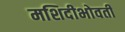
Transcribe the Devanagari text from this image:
मशिदीभोवती